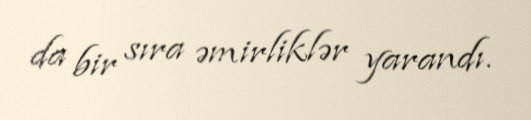
da bir sıra əmirliklər yarandı.